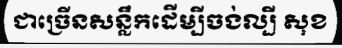
ជាច្រើនសន្លឹកដើម្បីចង់ល្បី សុខ